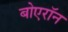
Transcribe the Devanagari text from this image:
बोएरॉन